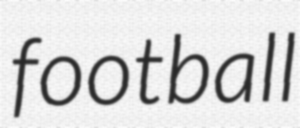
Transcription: football